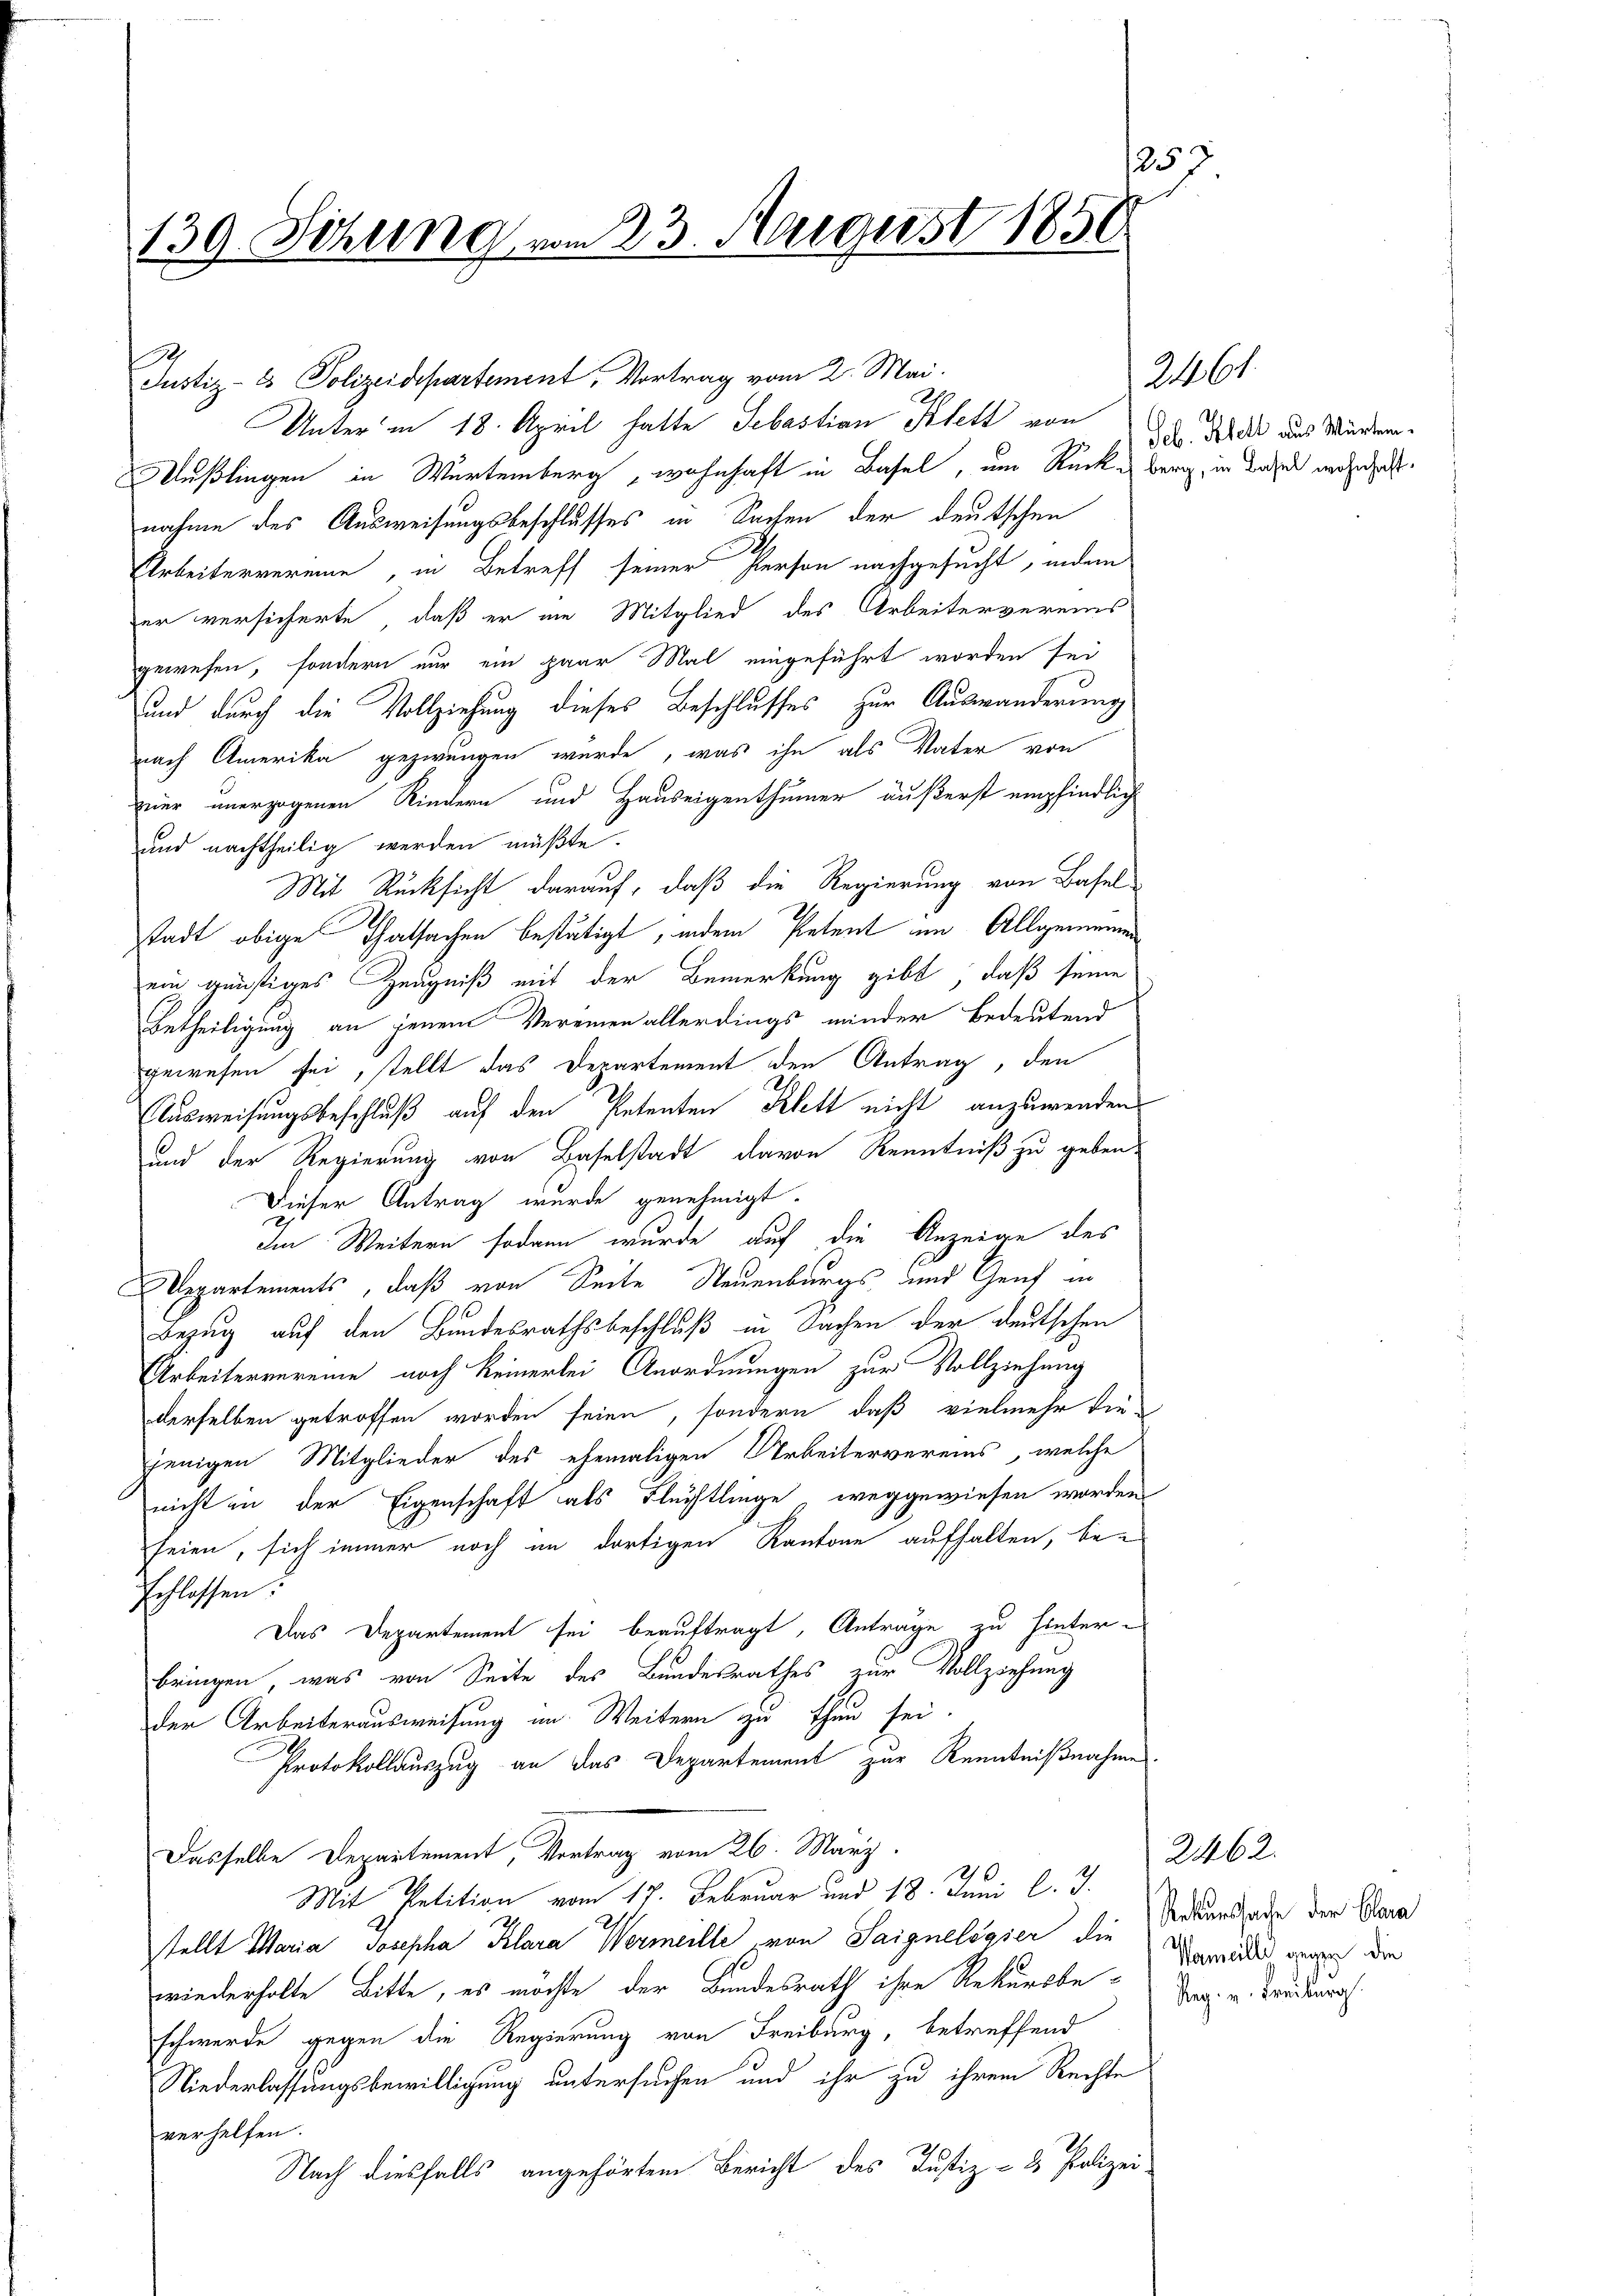
1257
139. Sitzung vom 23. August 1850

Justiz- & Polizeidepartement, Vortrag vom 2. Mai.
Unter in 18. April hatte Sebastian Klett von
Außlingen in Wartemberg, wohnhaft in Basel, um Rückes berg, in dasel wohnhaft.
nahme des Ausweisungsbeschlusses in Sachen der deutschen
Arbeitervereine, in Betreff seiner Person nachgesucht, indem
er versicherte, daß er am Mitglied des Arbeitervereins
gewesen, sondern nur ein paar Mal eingeführt worden sei
und durch die Vollziehung dieses Beschlusses zur Auswänderung
nach Amerika gezwungen wurde, was ihn als Vater von
zner unerzogenen Kindern und Hauseigenthümer äußerst empfindlich
und nachtheilig werden müßte.
Mit Rücksicht darauf, daß die Regierung von Basel
stadt obige Thatsachen bestätigt, indem Petent im Allgemeinen
ein günstiges Zeugniß mit der Bemerkung gibt, daß seine
Betheiligung an jenem Vereinen allerdings minder bedeutend
gewesen sei, stellt das Departement den Antrag, den
Ausweisungsbeschluß auf den Petenten Klett nicht anzuwenden
und der Regierung von Baselstadt davon Kenntniß zu geben.
Dieser Antrag wurde genehmigt.
Im Weitern sodann wurde auf die Anzeige des
Wepartements, daß von Seite Neuenburgs und Genf in
Bezug auf den Bundesrathsbeschluß in Sachen der deutschen
Arbeitervereine noch keinerlei Anordnungen zur Vollziehung
derselben getroffen worden seien, sondern, daß vielmehr diejenigen Mitglieder des ehemaligen Arbeitervereins, welche
nicht in der Eigenschaft als Flüchtlinge weggewiesen worden
seien, sich immer noch im dortigen Kantone aufhalten, beschlossen:
Das Departement sei beauftragt, Anträge zu hinterbringen, was von Seite des Bundesrathes zur Vollziehung
der Arbeiterausweisung im Weitern zu thun sei.
Protokollauszug an das Departement zur Kenntnißnahme
Dasselbe Departement, Vortrag vom 26. März.
Mit Petition vom 17. Februar und 18. Juni l. J.
stellt Maria Josepha Klara Wermeille von Saigneligier die Rekurssade der Cana
wiederholte Bitte, es möchte der Bundesrath ihre Rekursbeschwerde gegen die Regierung von Freiburg, betreffend
Niederlassungsbewilligung untersuchen und ihr zu ihrem Rechte
verhelfen.
Nach diesfalls angehörtem Bericht des Justiz- & Polizei-

Seb. Klett aus Würtem

2461.

2462.
Wameille gegen die
Reg. v. Freiburg.